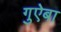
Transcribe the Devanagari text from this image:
गुऐबा